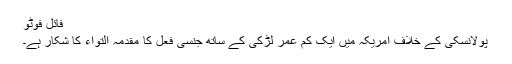
فائل فوٹو
پولانسکی کے خلاف امریکہ میں ایک کم عمر لڑکی کے ساتھ جنسی فعل کا مقدمہ التواء کا شکار ہے۔